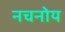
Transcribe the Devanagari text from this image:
नचनोय